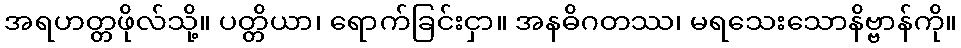
အရဟတ္တဖိုလ်သို့။ ပတ္တိယာ၊ ရောက်ခြင်းငှာ။ အနဓိဂတဿ၊ မရသေးသောနိဗ္ဗာန်ကို။